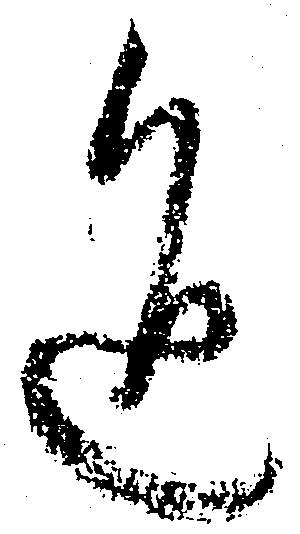
通